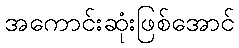
အကောင်းဆုံးဖြစ်အောင်